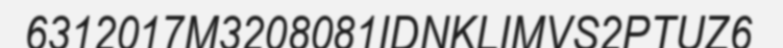
6312017M3208081IDNKLIMVS2PTUZ6